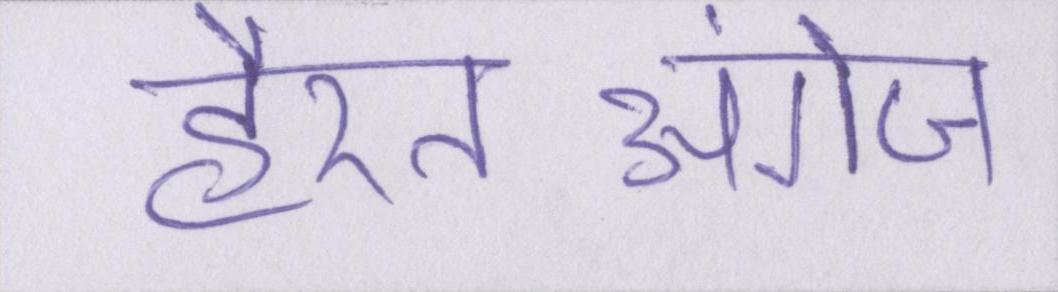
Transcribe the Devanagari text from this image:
हैरतअंगेज